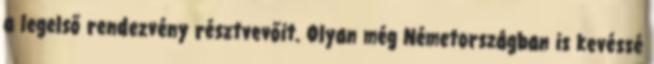
a legelső rendezvény résztvevőit. Olyan még Németországban is kevéssé